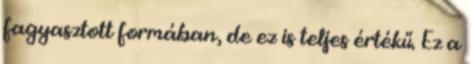
fagyasztott formában, de ez is teljes értékű. Ez a